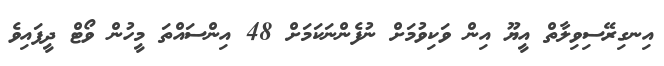
އިނގިރޭސިވިލާތް އީޔޫ އިން ވަކިވުމަށް ނުފެންނަކަމަށް 48 އިންސައްތަ މީހުން ވޯޓް ދީފައިވެ